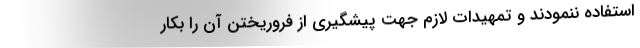
استفاده ننمودند و تمهیدات لازم جهت پیشگیری از فروریختن آن را بکار